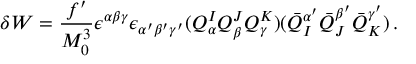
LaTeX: \delta W = \frac { f ^ { \prime } } { M _ { 0 } ^ { 3 } } \epsilon ^ { \alpha \beta \gamma } \epsilon _ { \alpha ^ { \prime } \beta ^ { \prime } \gamma ^ { \prime } } ( Q _ { \alpha } ^ { I } Q _ { \beta } ^ { J } Q _ { \gamma } ^ { K } ) ( \bar { Q } _ { I } ^ { \alpha ^ { \prime } } \bar { Q } _ { J } ^ { \beta ^ { \prime } } \bar { Q } _ { K } ^ { \gamma ^ { \prime } } ) \, .